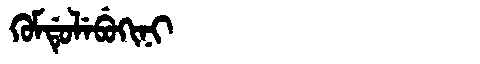
Manchu: ᡴᡠᠮᡩᡠᠯᡝᠪᡠᡴᡳᠨᡳ
Romanization: KUMDULEBUKINI